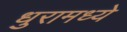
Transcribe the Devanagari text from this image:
धुरामध्ये